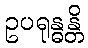
ဥပရုန္ဓန္တိ